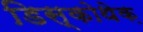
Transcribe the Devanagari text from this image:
डिस्कोथेक़